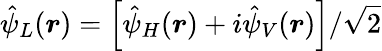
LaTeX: \hat{\psi}_{L}(\boldsymbol{r})=\left[\hat{\psi}_{H}(\boldsymbol{r})+i\hat{\psi}_{V}(\boldsymbol{r})\right]/\sqrt{2}